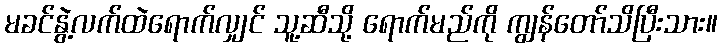
မခင်နွဲ့လက်ထဲရောက်လျှင် သူ့ဆီသို့ ရောက်မည်ကို ကျွန်တော်သိပြီးသား။